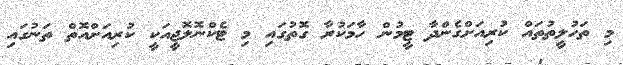
މި ތަހުލީތުތައް ކުރިއަށްގެންދާ ޓީމުން ހާމަކުރާ ގޮތުގައި މި ޓެކްނޮލޮޖީއަކީ ކުރިއަށްއޮތް ތަނުގައި